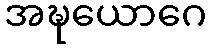
အဍ္ဎယောဂေ